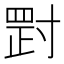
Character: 𡬺